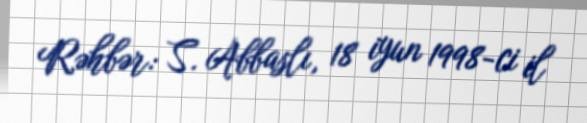
Rəhbər: S. Abbaslı, 18 iyun 1998-ci il